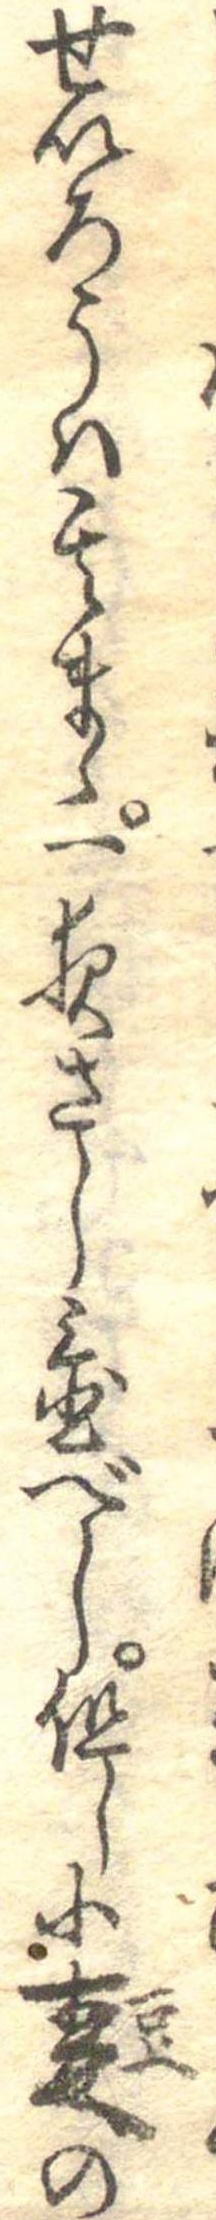
せいろうは其まゝ一夜さし置べし但し小豆の